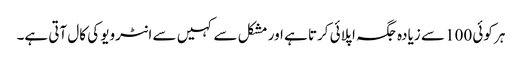
ہر کوئی 100 سے زیادہ جگہ اپلائی کرتا ہے اور مشکل سے کہیں سے انٹرویو کی کال آتی ہے۔